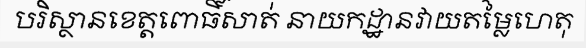
បរិស្ថានខេត្តពោធិ៍សាត់ នាយកដ្ឋានវាយតម្លៃហេតុ